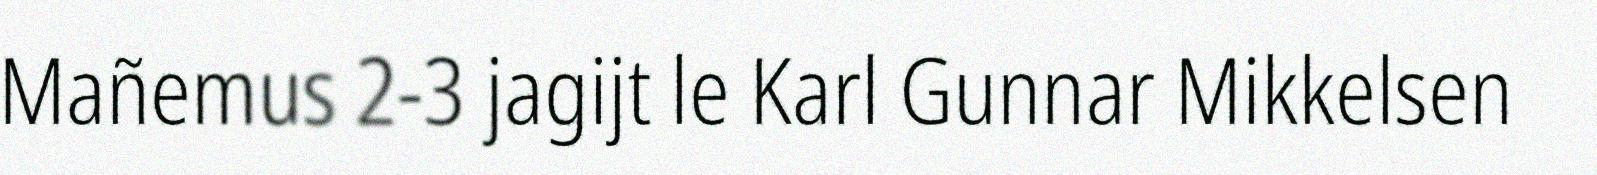
Mañemus 2-3 jagijt le Karl Gunnar Mikkelsen